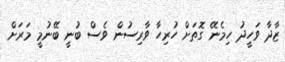
ޒާދާ ވަހީދު ހިމެނޭ ގޮތަށް ހުރިހާ ވާރިސުން ވެސް ބުނީ ބޭނުމީ މަރަށް